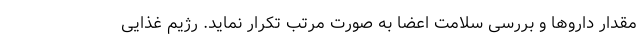
مقدار داروها و بررسی سلامت اعضا به صورت مرتب تکرار نماید. رژیم غذایی